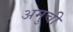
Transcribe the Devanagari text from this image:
अमुची